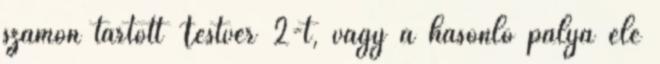
számon tartott Testvér 2-t, vagy a hasonló pálya elé